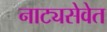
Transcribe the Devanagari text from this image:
नाट्यसेवेत